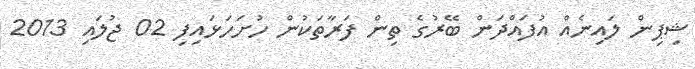
ޝިޕިން ލައިނެއް އުފައްދަން ބޭރުގެ ތިން ފަރާތަކުން ހުށަހަޅައިފި 02 ޖުލައި 2013